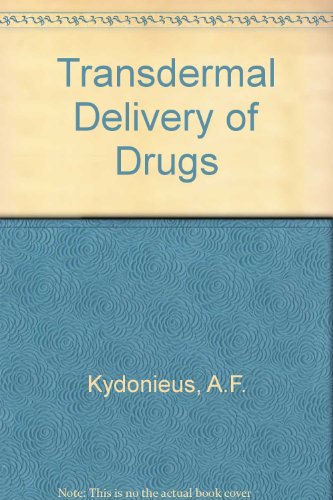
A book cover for Transdermal Delivery of Drugs. 3 volume set; Agis F. Kydonieus; Medical Books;